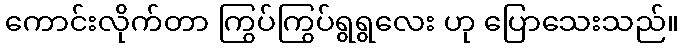
ကောင်းလိုက်တာ ကြွပ်ကြွပ်ရွရွလေး ဟု ပြောသေးသည်။